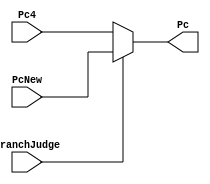
`timescale 1ns / 1ps
/*
0. MuxBranch(): mux for select correct pc addr in branch-like instr. 
1. MuxRasel : mux for GRF write addr.
2. MuxAluSrc: mux for ALU B port operation number;
3. MuxPcSel: mux for pc update value;
4. MuxRdSel: mux for GRF write data.
*/
module MuxBranch(BranchJudge, Pc4, PcNew, Pc);
	input BranchJudge;
	input [31:0] Pc4, PcNew;
	output [31:0] Pc;
	assign Pc = (BranchJudge)? PcNew:Pc4;
endmodule

module MuxWaSel(WaSel,Rt,Rd,Wa);
	input [1:0] WaSel;
	input [4:0] Rt, Rd;
	output reg [4:0] Wa;
	
	always @(*)begin
		case(WaSel)
			0: Wa = Rt;								// rt
			1:	Wa = Rd;								// rd
			2:	Wa = 31;								// constant value 31 - $ra
			default: Wa = Rt;
		endcase
	end
endmodule


module MuxAluSrc(AluSrc,Rd2,Ext,Num);
	input AluSrc;
	input [31:0] Rd2, Ext;
	output [31:0] Num;
	
	assign Num = (AluSrc)? Ext:Rd2;
endmodule


module MuxPcSel(nPc_Sel,PcBranch,PcJ,PcJr,Pc);
	input [1:0] nPc_Sel;
	input [31:0] PcBranch,PcJ,PcJr;
	output reg [31:0] Pc;
	
	always @(*)begin
		case(nPc_Sel)
			0: Pc = PcBranch;							// beq decided pc addr
			1: Pc = PcJ;								// jump 
			2: Pc = PcJr;								// jr
			default: Pc = PcBranch;
		endcase
	end
endmodule


module MuxWdSel(WdSel, Alu, Mem,Pc4,Wd);
	input [1:0] WdSel;
	input [31:0] Alu, Mem, Pc4;
	output reg [31:0] Wd;
	
	always @(*)begin
		case(WdSel)
			0:Wd = Alu;
			1:Wd = Mem;									// lw
			2:Wd = Pc4;									// jr
			default: Wd = Alu;
		endcase
	end
endmodule